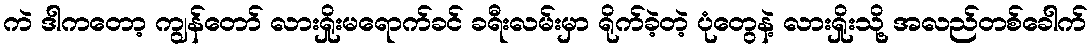
ကဲ ဒါကတော့ ကျွန်တော် လားရှိုးမရောက်ခင် ခရီးလမ်းမှာ ရိုက်ခဲ့တဲ့ ပုံတွေနဲ့ လားရှိုးသို့ အလည်တစ်ခေါက်